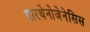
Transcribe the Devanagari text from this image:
पारथेनोजेनेसिस